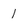
Character: 1